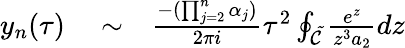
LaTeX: \begin{array}{rlr}{y_{n}(\tau)}&{{}\sim}&{\frac{-(\prod_{j=2}^{n}\alpha_{j})}{2\pi i}\tau^{2}\oint_{\cal\tilde{C}}\frac{e^{z}}{z^{3}a_{2}}dz}\end{array}